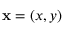
\mathbf { x } = ( x , y )